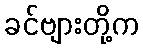
ခင်ဗျားတို့က